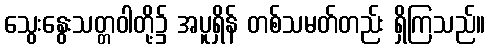
သွေးနွေးသတ္တဝါတို့၌ အပူရှိန် တစ်သမတ်တည်း ရှိကြသည်။